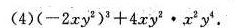
(4)$$( - 2 x y ^ { 2 } ) ^ { 3 } + 4 x y ^ { 2 } \cdot x ^ { 2 } y ^ { 4 }$$